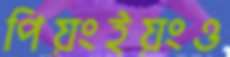
পিয়ংইয়ংও